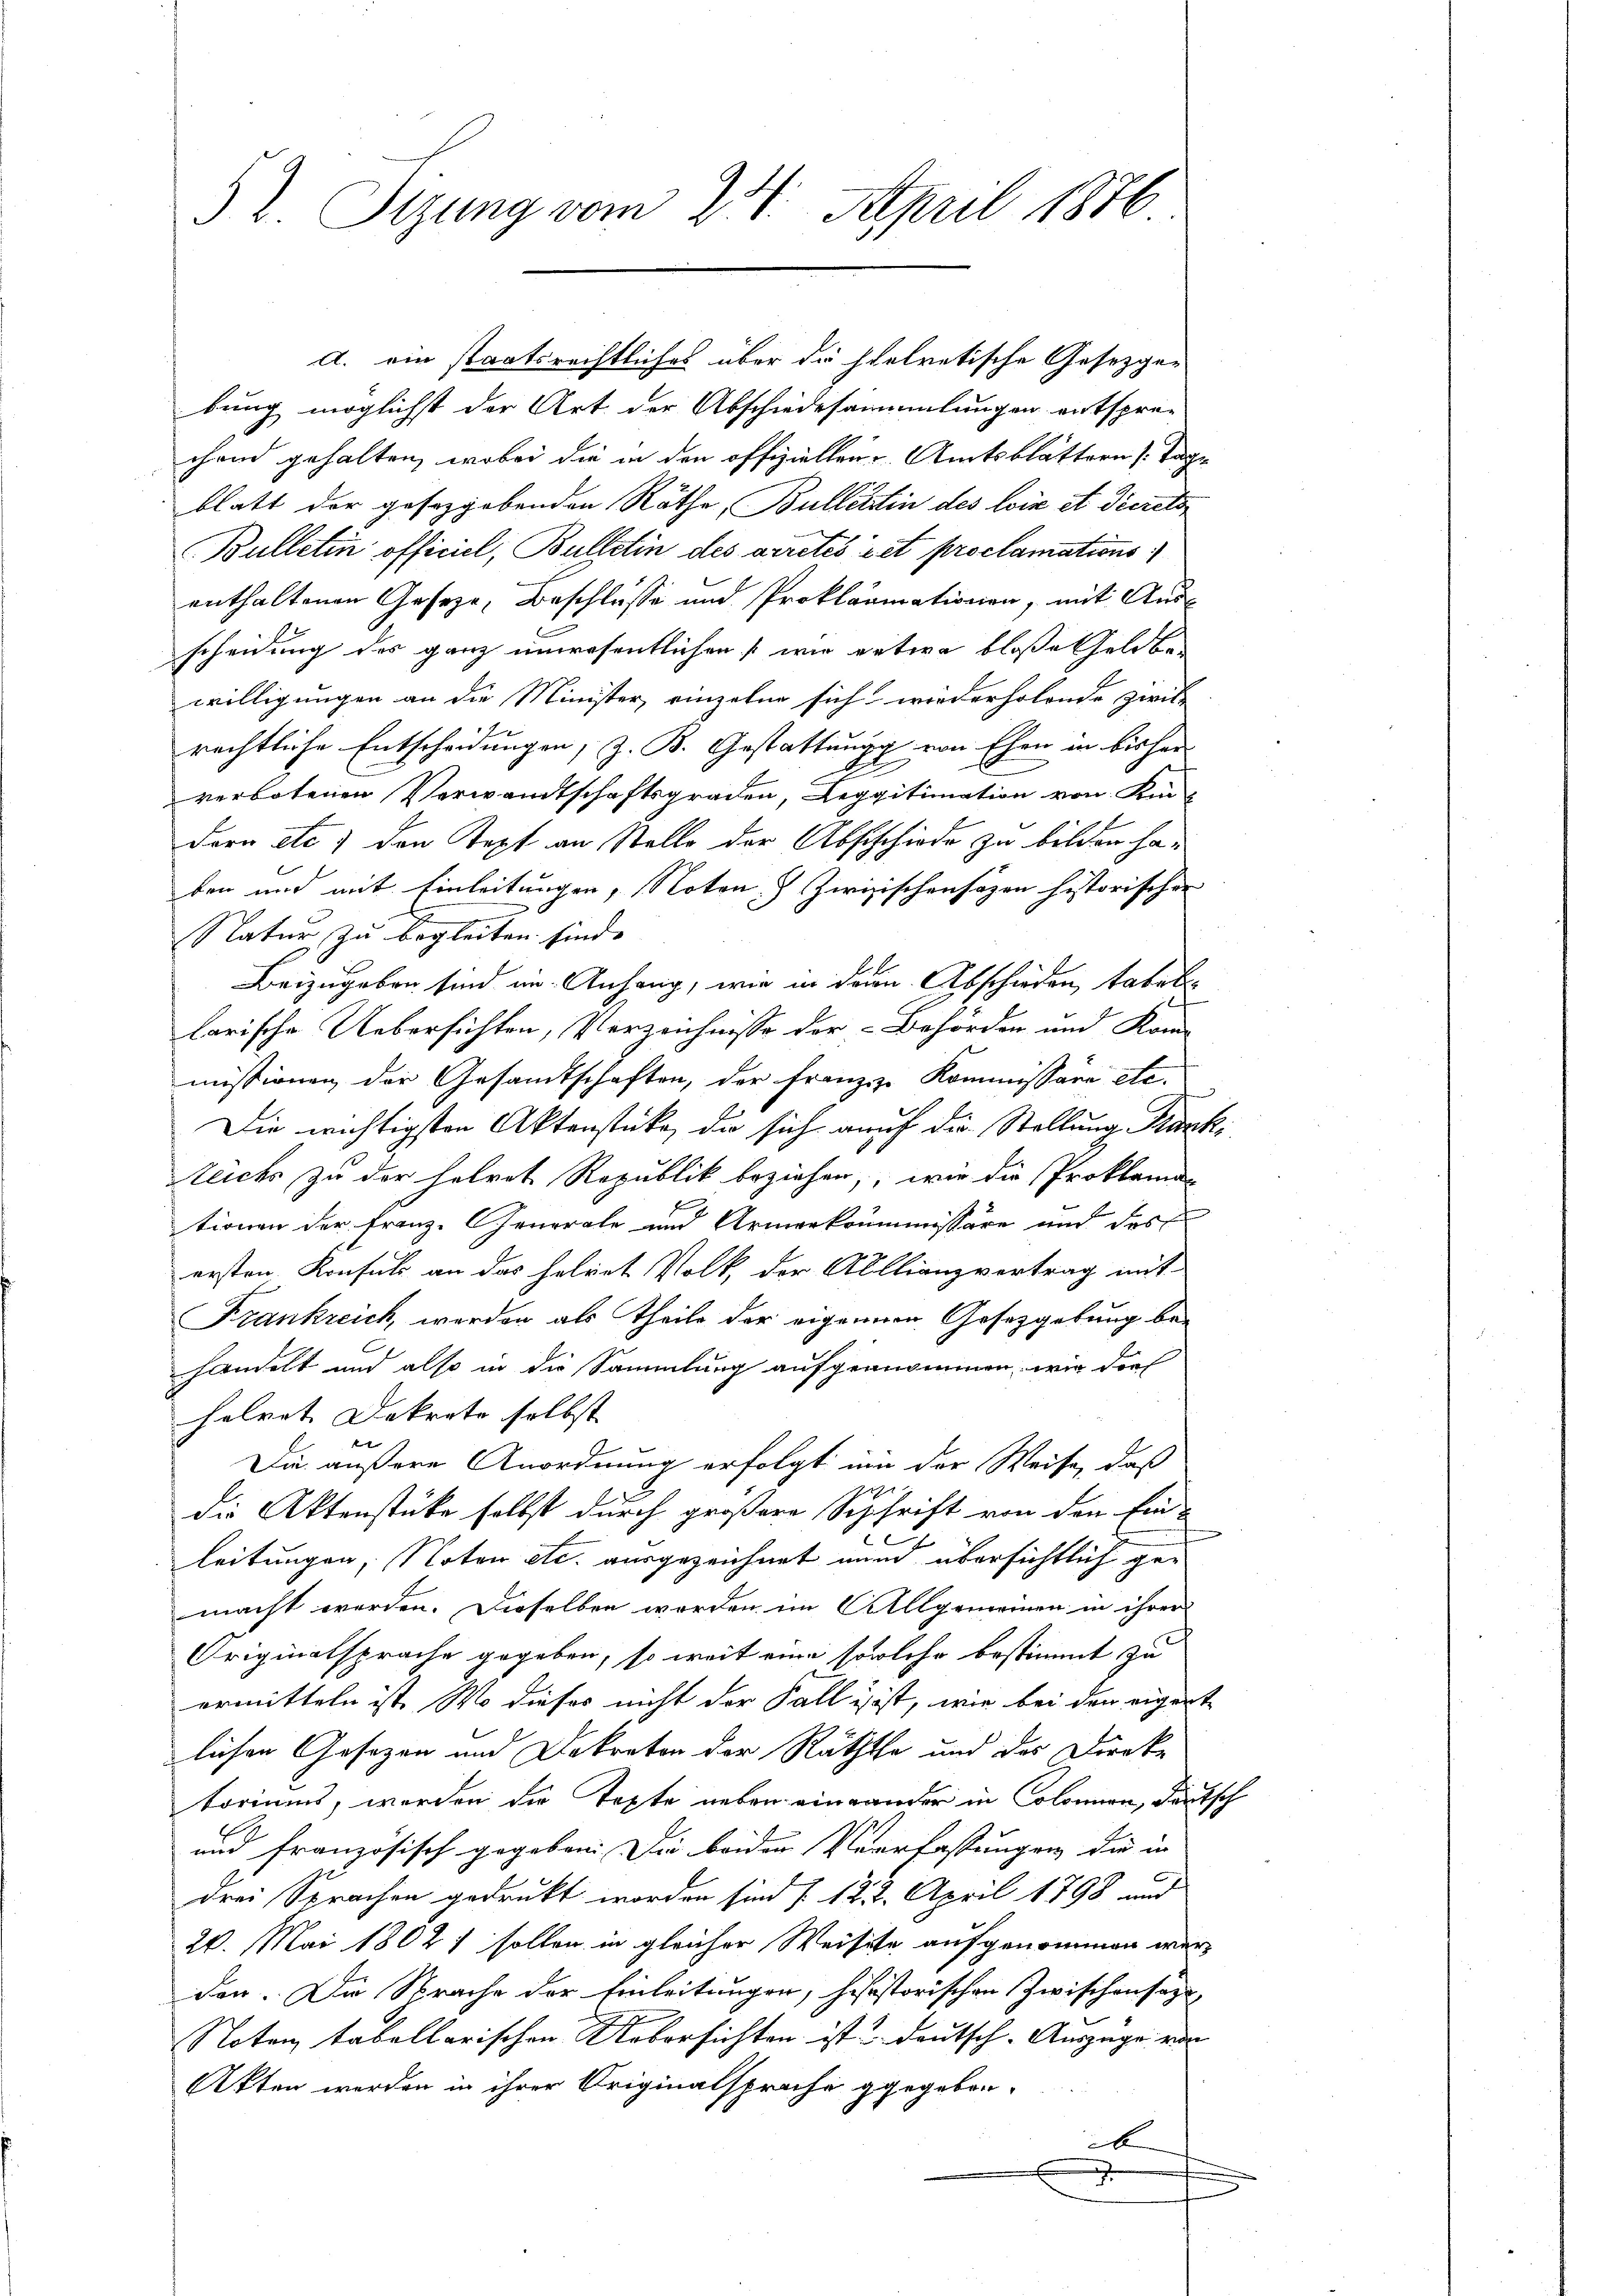
2. Sitzung vom 28. April 1876

A. ein staatsrechtliches über die stetretische Gesetzgebung möglichst der Art der Abschiedesammlungen entspre-
chend gehalten, wobei die in den offiziellen. Amtsblättern Tagblatt der gesetzgebenden Räthe, Bullettin des lois et decreto
Bulletin officiel, Bulletin des arretés et proclamations
enthaltenen Geseze, Beschlüsse und Proklamationen, mit Ausscheidung des ganz unwesentlichen wie entwa bloße Geldber
willigungen an die Minister, einzelne sich wiederholende zwil-
rechtliche Entscheidungen, z. B. Gestattung von Ehen in bisher
verbotenen Verwandtschaftsgraden, Leggitimation von Kin-
dern etc.) den Text an Stelle der Abschschiede zu bilden haben und mit Einleitungen, Noten, Zwisischensazen historischen
Natur zu begleiten finde
Beizugeben sind im Anhang, wie in dern Abschieden, tabelf
larische Uebersichten, Verzeichnisse der Behörden und Kom-
missionen der Gesamtschaften, der Franziz. Kommissäre etc.
Die wichtigsten Aktenstücke, die sich auf die Stellung Karkteichs zu der Helvet Republik beziehen, wie die Proklamationen der Franz. Generale und Armenkommissäre an des
ersten Konsuls an das helvet Volk der Abllianzvertrag mit-
Frankreich, werden als Theile der eigenem Gesetzgebung be-
handelt und also in die Sammlung aufgenommen, wie dorf
helret Dekrete selbst |
Die äußere Anordnung erfolgt um der Weise, daß
die Aktenstücke selbst durch größere Schrift von den Ein-
leitungen, Noten etc. ausgezeichnet mund übersichtlich gemacht werden. Dieselben worden im Allgemeinen in ihrer
Originalsprache gegeben, so weit eine solche bestimmt zu
ermitteln ist. Wo dieses nicht der Fall isst, wie bei den eigente
lichen Gesezen und Dekreton der Räththa und des Direk-
toriums, worden die Texte neben einander in Colonien, deutsch
und französisch gegeben: Die beiden Verfassungen die in
drei Sprachen gedruckt worden sind § 122. April 1798 und
20. Mai 18021 sollen in gleicher Weisete aufgenommen werden. Die Sprache der Einleitungen, hisistorischen Zwischensaz
Noten tabellarischen Uebersichten ist Deutsch-Auszüge von
Akten werden in ihrer Originalsprache gegeben.
b
.